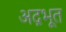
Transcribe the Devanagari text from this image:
अद़भूत